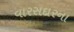
વારસદારના